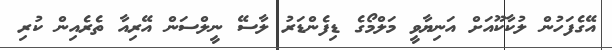
އޭގެފަހުން ލުކާކޫއަށް އަނިިޔާވީ މަލްމޯގެ ޑިފެންޑަރު ލާސޭ ނީލްސަން އޭރިއާ ތެރެއިން ކުރި